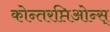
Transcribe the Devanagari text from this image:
कोन्तरप्तिओन्स्